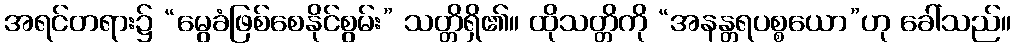
အရင်တရား၌ “မွေခံဖြစ်စေနိုင်စွမ်း” သတ္တိရှိ၏။ ထိုသတ္တိကို “အနန္တရပစ္စယော”ဟု ခေါ်သည်။